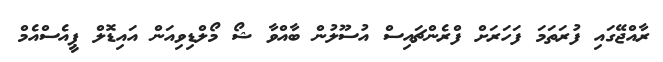
ރާއްޖޭގައި ފުރަތަމަ ފަހަރަށް ފްރެންޗައިސް އުސޫލުން ބާއްވާ ޝޯ މޯލްޑިވިއަން އައިޑޮލް ޕީއެސްއެމް